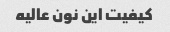
کیفیت این نون عالیه